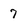
Character: 7